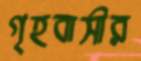
গৃহবাসীর